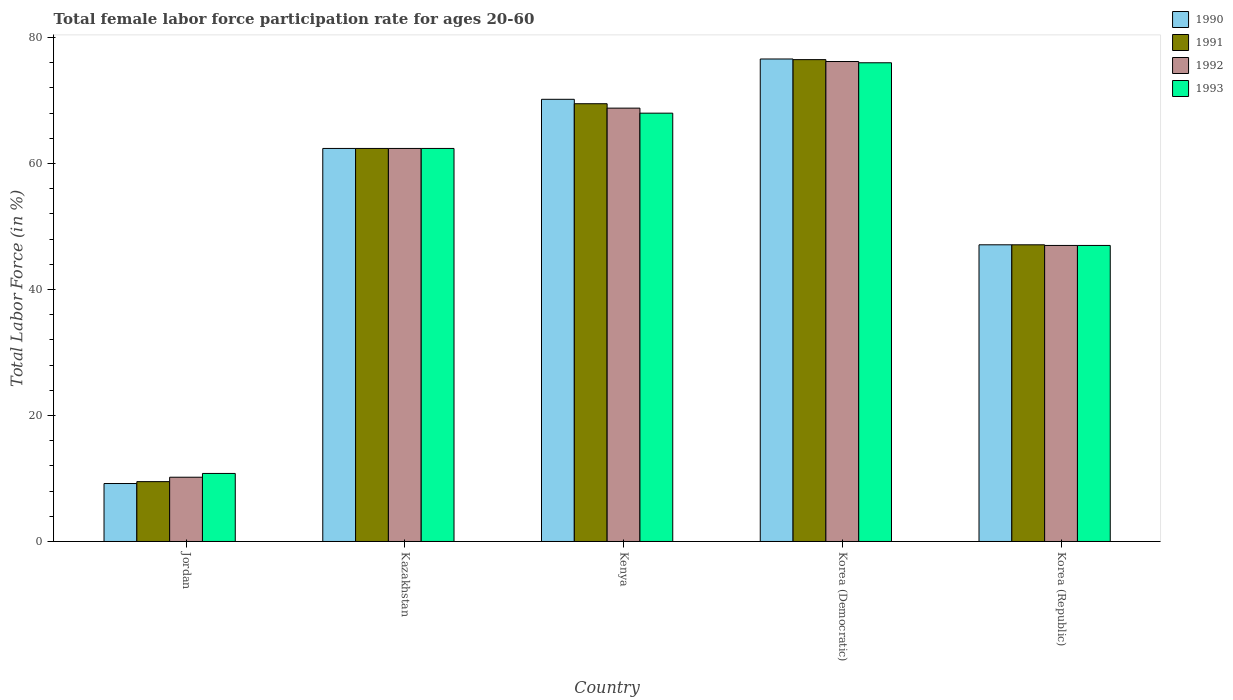
| Country | 1990 | 1991 | 1992 | 1993 |
 | --- | --- | --- | --- | --- |
 | Jordan | 9.2 | 9.5 | 10.2 | 10.8 |
 | Kazakhstan | 62.4 | 62.4 | 62.4 | 62.4 |
 | Kenya | 70.2 | 69.5 | 68.8 | 68 |
 | Korea (Democratic) | 76.6 | 76.5 | 76.2 | 76 |
 | Korea (Republic) | 47.1 | 47.1 | 47 | 47 |